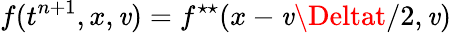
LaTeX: f(t^{n+1},x,\mathit{v})=f^{\star\star}(x-\mathit{v}\Deltat/2,\mathit{v})